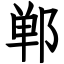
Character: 郸